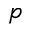
p